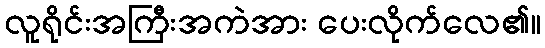
လူရိုင်းအကြီးအကဲအား ပေးလိုက်လေ၏။